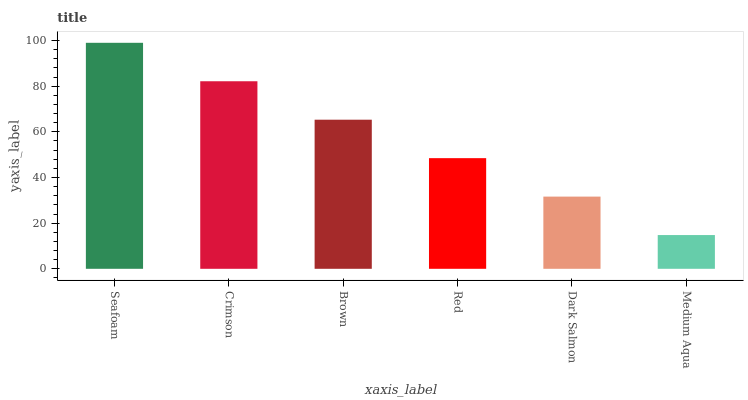
| xaxis_label | bars |
 | --- | --- |
 | Seafoam | 99 |
 | Crimson | 82.2 |
 | Brown | 65.3 |
 | Red | 48.5 |
 | Dark Salmon | 31.6 |
 | Medium Aqua | 14.8 |